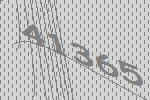
41365